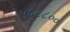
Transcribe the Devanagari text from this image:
५६८८००